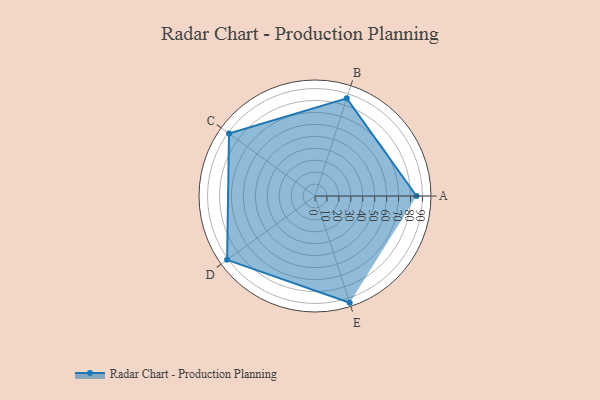
{"axis": {"x": "Skill", "y": "Score"}, "legend": ["Profile"], "data": [{"x": "A", "y": 85.0, "type": "Profile"}, {"x": "B", "y": 86.0, "type": "Profile"}, {"x": "C", "y": 89.0, "type": "Profile"}, {"x": "D", "y": 91.0, "type": "Profile"}, {"x": "E", "y": 94.0, "type": "Profile"}]}